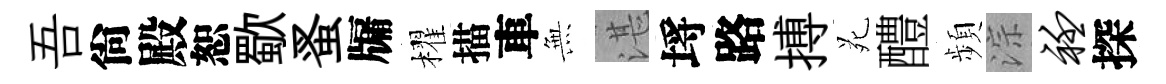
吾尙殿恕歜蚤牖櫂描車𭴾湛埓路搏苑醴頻淙衽探